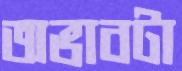
অভাবটা